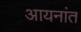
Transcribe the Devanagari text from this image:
आयनांत